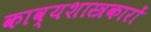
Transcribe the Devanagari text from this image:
काव्यशास्त्रकारों